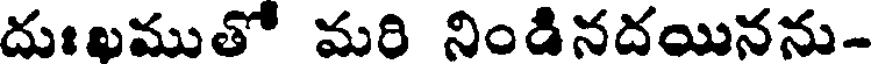
దుఃఖముతో మరి నిండినదయినను-